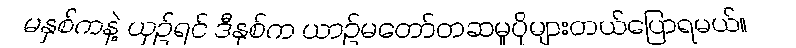
မနှစ်ကနဲ့ ယှဉ်ရင် ဒီနှစ်က ယာဉ်မတော်တဆမှုပိုများတယ်ပြောရမယ်။